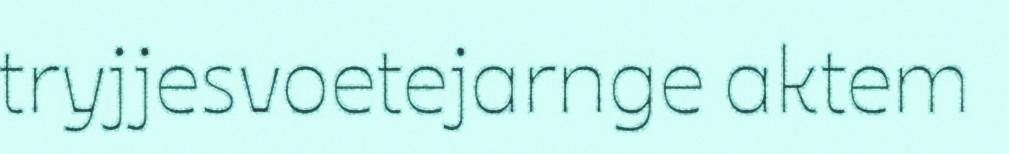
tryjjesvoetejarnge aktem